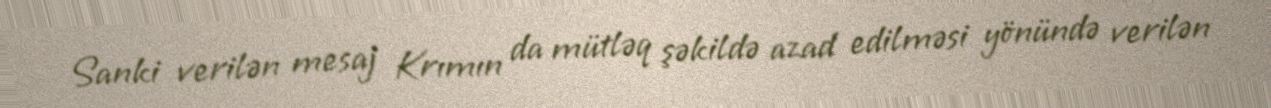
Sanki verilən mesaj Krımın da mütləq şəkildə azad edilməsi yönündə verilən